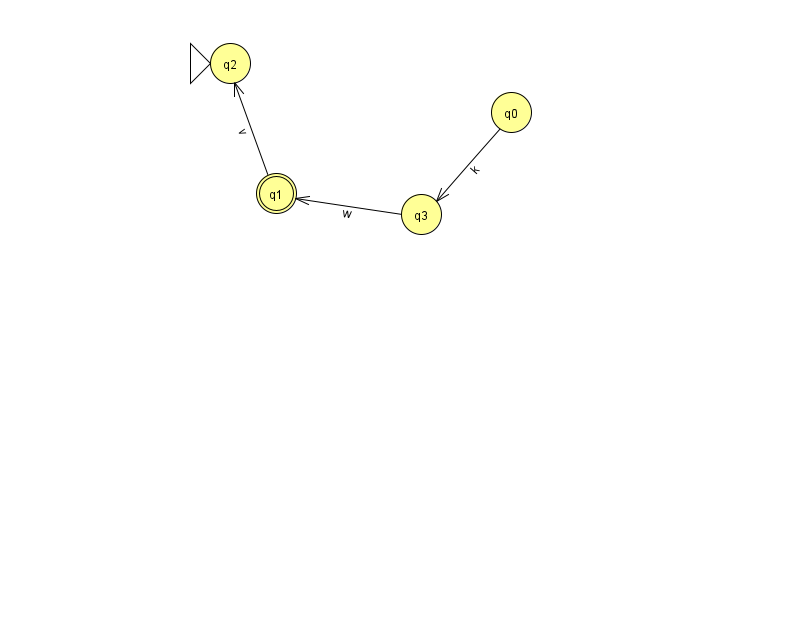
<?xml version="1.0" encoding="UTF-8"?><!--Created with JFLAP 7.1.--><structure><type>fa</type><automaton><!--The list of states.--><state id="0" name="q0"><x>511.0</x><y>99.0</y></state><state id="1" name="q1"><x>276.0</x><y>180.0</y><final/></state><state id="2" name="q2"><x>230.0</x><y>50.0</y><initial/></state><state id="3" name="q3"><x>421.0</x><y>201.0</y></state><!--The list of transitions.--><transition><from>0</from><to>3</to><read>k</read></transition><transition><from>1</from><to>2</to><read>v</read></transition><transition><from>3</from><to>1</to><read>w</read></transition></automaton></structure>